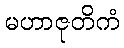
မဟာဇုတိကံ